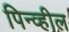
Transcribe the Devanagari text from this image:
पिन्व्हील